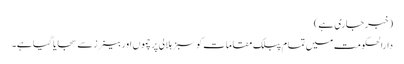
(خبر جاری ہے)
دارالحکومت میں تمام پبلک مقامات کو سبز ہلالی پرچموں اور بینرز سے سجایا گیا ہے۔